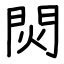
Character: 焛